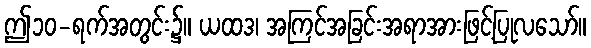
ဤ၁၀-ရက်အတွင်း၌။ ယထဒ၊ အကြင်အခြင်းအရာအားဖြင့်ပြုလသော်။